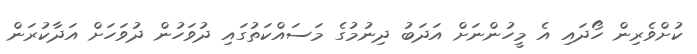
ކުށްވެރިން ހޯދައި އެ މީހުންނަށް އަދަބު ދިނުމުގެ މަސައްކަތުގައި ދުވަހުން ދުވަހަށް އަދާކުރަން